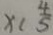
x < \frac { 4 } { 5 }